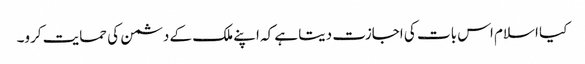
کیا اسلام اس بات کی اجازت دیتا ہے کہ اپنے ملک کے دشمن کی حمایت کرو۔